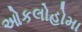
ઓકલોહોમા